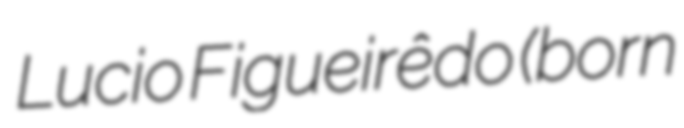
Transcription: Lucio Figueirêdo (born